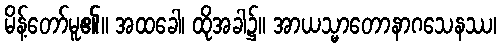
မိန့်တော်မူ၏။ အထခေါ၊ ထိုအခါ၌။ အာယသ္မာတောနာဂသေနဿ၊